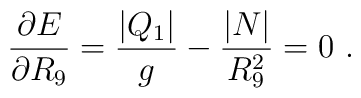
{\partial E \over \partial R_9} =  { |Q_1|\over g} - { |N|\over R_9^2}  =0 \ .